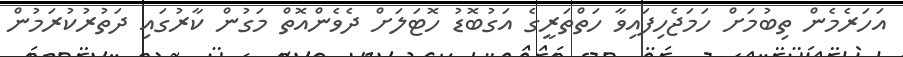
އަހަރެމެން ތިބުމަށް ހަމަޖެހިފައިވާ ހަތްތަރީގެ އަގުބޮޑު ހޮޓަލަށް ދެވެންއޮތް މަގުން ކާރުގައި ދަތުރުކުރަމުން